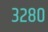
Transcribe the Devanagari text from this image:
३२८०